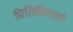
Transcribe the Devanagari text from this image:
प्रितिक्रियाएं